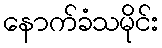
နောက်ခံသမိုင်း